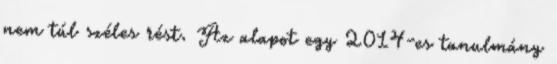
nem túl széles rést. Az alapot egy 2014-es tanulmány